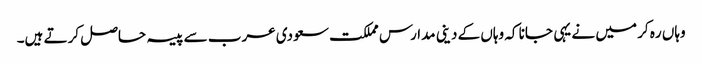
وہاں ره کر میں نے یہی جانا کہ وہاں کے دینی مدارس مملکت سعودی عرب سے پیسہ حاصل کرتے ہیں۔